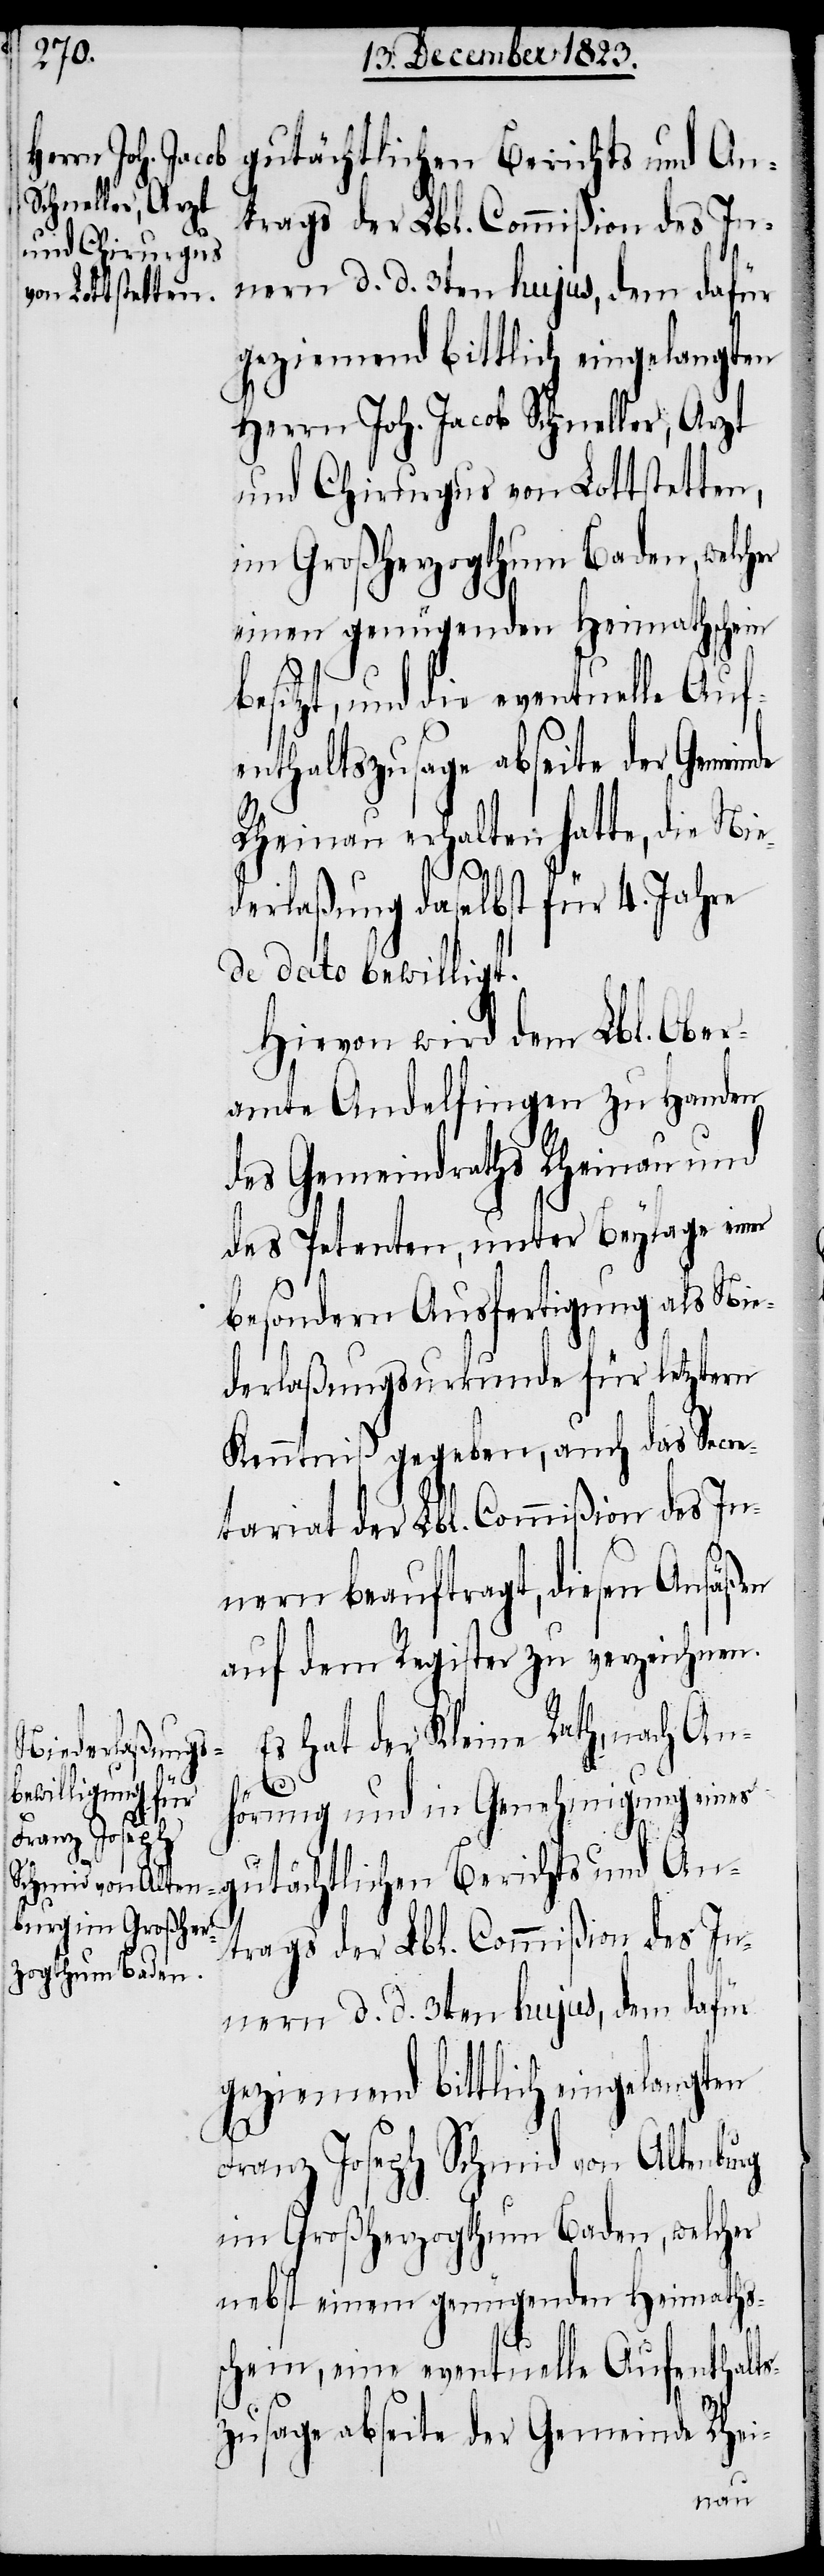
gutächtlichen Berichts und An¬
Herrn Joh. Jacob Schneller, Arzt
und Chirurgus von Lottstetten,
im Großherzogthum Baden, welcher
einen genügenden Heimathschein
esitzt, und die eventuelle Auf¬
enthaltszusage abseite der Gemeinde
Rheinau erhalten hatte, die Nie¬
derlaßung daselbst für 4. Jahre
de dato bewilligt.
Hievon wird dem Lbl. Ober¬
amte Andelfingen zu Handen
des Gemeindrathes Rheinau und
des Petenten, unter Beylage einer
besondern Ausfertigung als Nie¬
derlaßungsurkunde für letztern
Kenntniß gegeben, auch das Secre¬
tariat der Lbl. Commißion des In¬
nern beauftragt, diesen Ansäßen
auf dem Register zu verzeichnen.
Es hat der Kleine Rath, nach An¬
hörung und in Genehmigung eines
b¬
trags der Lbl. Commißion des In¬
nern d. d. 3ten hujus, dem dafür
geziemend bittlich eingelangten
Franz Joseph Schmid von Altenburg
im Großherzogthum Baden, welcher
nebst einem genügenden Heimaths¬
schein, eine eventuelle Aufenthalts¬
zusage abseite der Gemeinde Rhei-